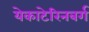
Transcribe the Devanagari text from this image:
येकाटेरिनबर्ग